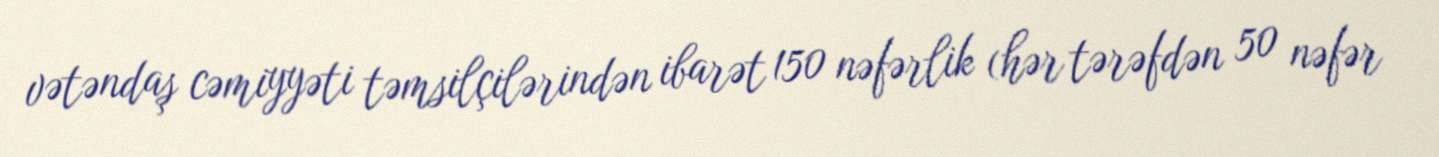
vətəndaş cəmiyyəti təmsilçilərindən ibarət 150 nəfərlik (hər tərəfdən 50 nəfər